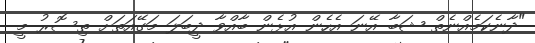
"ދާނެކަމެއްނެތް ޝަބާ އޭނަ އެހެން އުޅެން ބާއްވާ ދީބަލަ މަގޭއަތަށް ތިސޮރު މީ